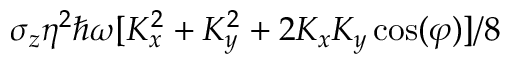
\sigma _ { z } \eta ^ { 2 } \hbar \omega [ K _ { x } ^ { 2 } + K _ { y } ^ { 2 } + 2 K _ { x } K _ { y } \cos ( \varphi ) ] / 8